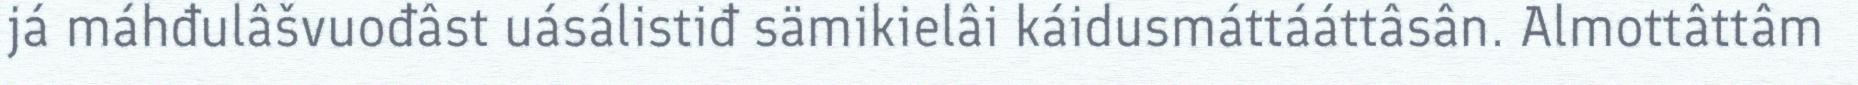
já máhđulâšvuođâst uásálistiđ sämikielâi káidusmáttááttâsân. Almottâttâm